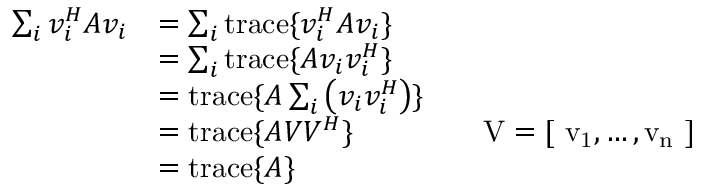
\begin{array} { r l r l } { \sum _ { i } v _ { i } ^ { H } A v _ { i } } & { = \sum _ { i } \mathrm { t r a c e } \{ v _ { i } ^ { H } A v _ { i } \} } \\ & { = \sum _ { i } \mathrm { t r a c e } \{ A v _ { i } v _ { i } ^ { H } \} } \\ & { = \mathrm { t r a c e } \{ A \sum _ { i } \left( v _ { i } v _ { i } ^ { H } \right) \} } \\ & { = \mathrm { t r a c e } \{ A V V ^ { H } \} } & & { \mathrm { V = [ ~ v _ 1 , \dots , v _ n ~ ] } } \\ & { = \mathrm { t r a c e } \{ A \} } \end{array}